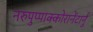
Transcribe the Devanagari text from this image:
नरुपुप्पाक्कोरानेंटार्नु